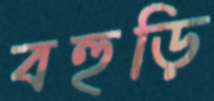
বহুড়ি